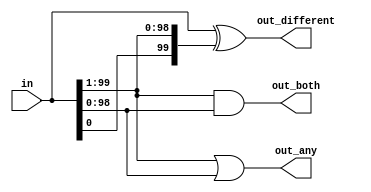
module top_module( 
    input [99:0] in,
    output [98:0] out_both,
    output [99:1] out_any,
    output [99:0] out_different
    );
//    genvar i;    
//    generate
//        for(i = 0; i < 99; i = i + 1) begin: gen
//            assign out_both[i] = in[i] & in[i+1];
//            assign out_any[i+1] = in[i] | in[i+1];
//            assign out_different[i] = (in[i] ^ in[i+1]);
//        end
//    endgenerate 
//    assign out_different[99] = (in[0] ^ in[99]);
    assign out_both = in[99:1] & in[98:0];
    assign out_any = in[99:1] | in[98:0];
    assign out_different = in ^ {in[0], in[99:1]};

endmodule